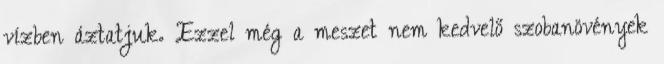
vízben áztatjuk. Ezzel még a meszet nem kedvelő szobanövények